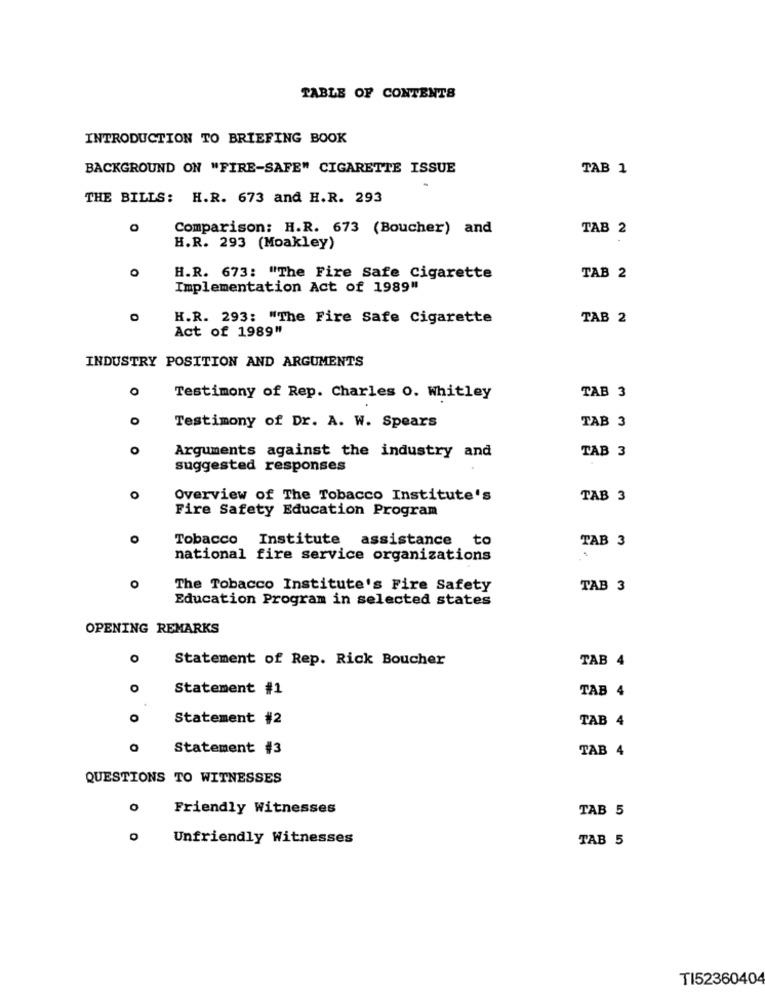
TABLE OF CONTENTS
INTRODUCTION TO BRIEFING BOOK
BACKGROUND ON "FIRE-SAFE" CIGARETTE ISSUE
TAB 1
THE BILLS: H.R. 673 and H.R. 293
Comparison: H.R. 673 (Boucher) and
TAB 2
H.R. 293 (Moakley)
O
H.R. 673: "The Fire Safe Cigarette
TAB 2
Implementation Act of 1989"
H.R. 293: "The Fire Safe Cigarette
TAB 2
Act of 1989"
INDUSTRY POSITION AND ARGUMENTS
0
Testimony of Rep. Charles O. Whitley
TAB 3
o
Testimony of Dr. A. W. Spears
TAB 3
O
TAB 3
Arguments against the industry and
suggested responses
O
Overview of The Tobacco Institute's
TAB 3
Fire Safety Education Program
Tobacco Institute assistance to
TAB 3
national fire service organizations
O
The Tobacco Institute's Fire Safety
TAB 3
Education Program in selected states
OPENING REMARKS
O
Statement of Rep. Rick Boucher
TAB 4
O
Statement #1
TAB 4
O
Statement #2
TAB 4
Statement #3
TAB 4
QUESTIONS TO WITNESSES
o
Friendly Witnesses
TAB 5
Unfriendly Witnesses
TAB 5
TI5236040